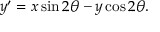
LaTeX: y ^ { \prime } = x \sin 2 \theta - y \cos 2 \theta .